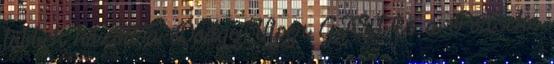
többek között a Dodge Viper GTS-t és a Porsche